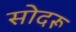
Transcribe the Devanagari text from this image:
सोदरू